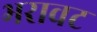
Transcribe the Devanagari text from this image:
भरावट